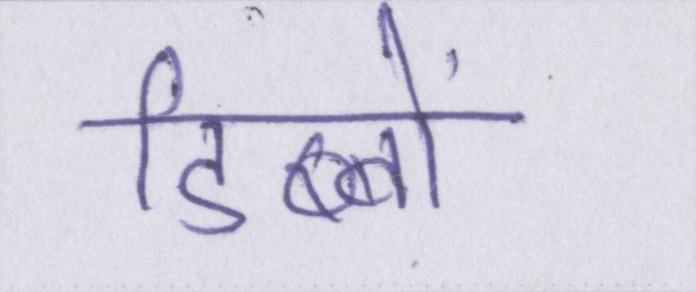
डिब्बों